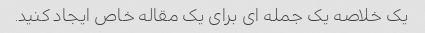
یک خلاصه یک جمله ای برای یک مقاله خاص ایجاد کنید.